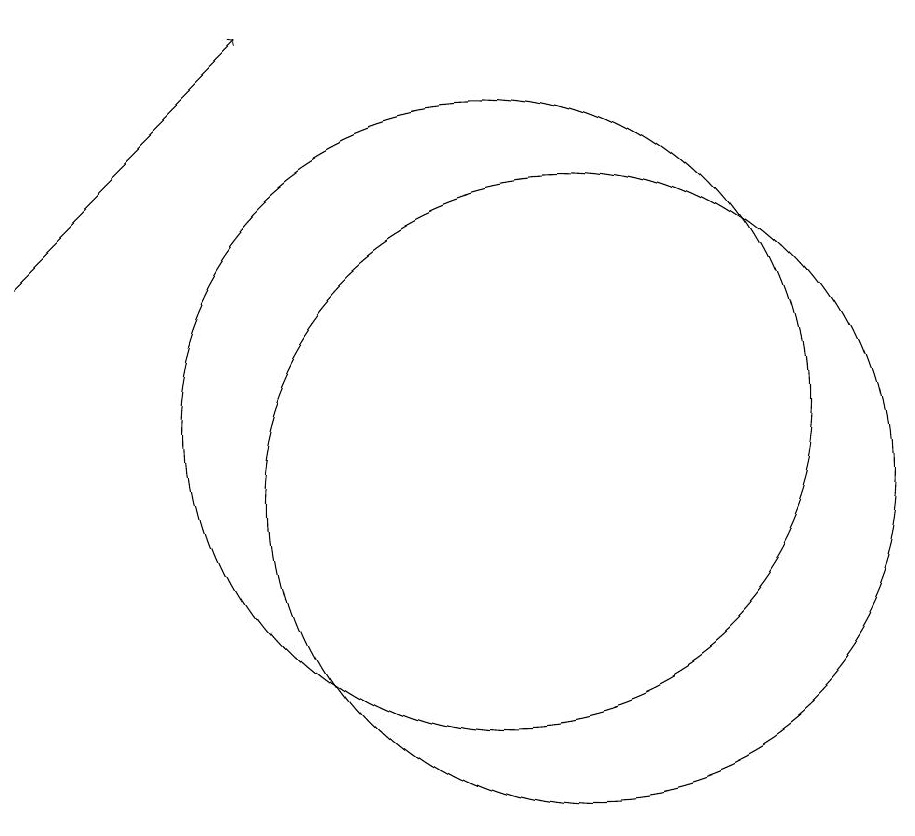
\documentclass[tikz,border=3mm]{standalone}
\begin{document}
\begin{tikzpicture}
\draw[->] (4,13) -- (7,16);
\draw (11,10) circle (4);
\draw (10,11) circle (4);
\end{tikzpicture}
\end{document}